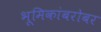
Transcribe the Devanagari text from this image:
भूमिकांबरोबर